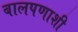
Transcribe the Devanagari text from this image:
बालपणाशी